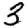
Digit: 3